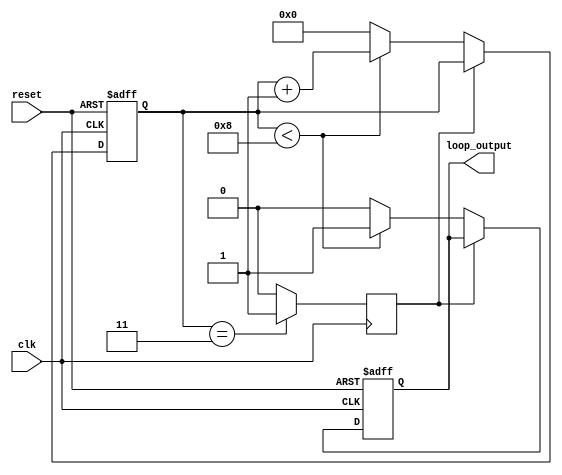
module Loop (
    input wire clk,
    input wire reset,
    output reg loop_output
);

reg [3:0] counter;
reg skip_iteration;

always @(posedge clk or posedge reset) begin
    if (reset) begin
        counter <= 0;
        loop_output <= 0;
    end else begin
        if (skip_iteration) begin
            counter <= counter;
            loop_output <= loop_output;
        end else begin
            if (counter < 8) begin
                counter <= counter + 1;
                loop_output <= 1;
            end else begin
                counter <= 0;
                loop_output <= 0;
            end
        end
    end
end

always @(posedge clk) begin
    if (counter == 3) begin
        skip_iteration <= 1;
    end else begin
        skip_iteration <= 0;
    end
end

endmodule